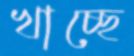
খাচ্ছে